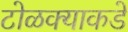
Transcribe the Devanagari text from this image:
टोळक्याकडे